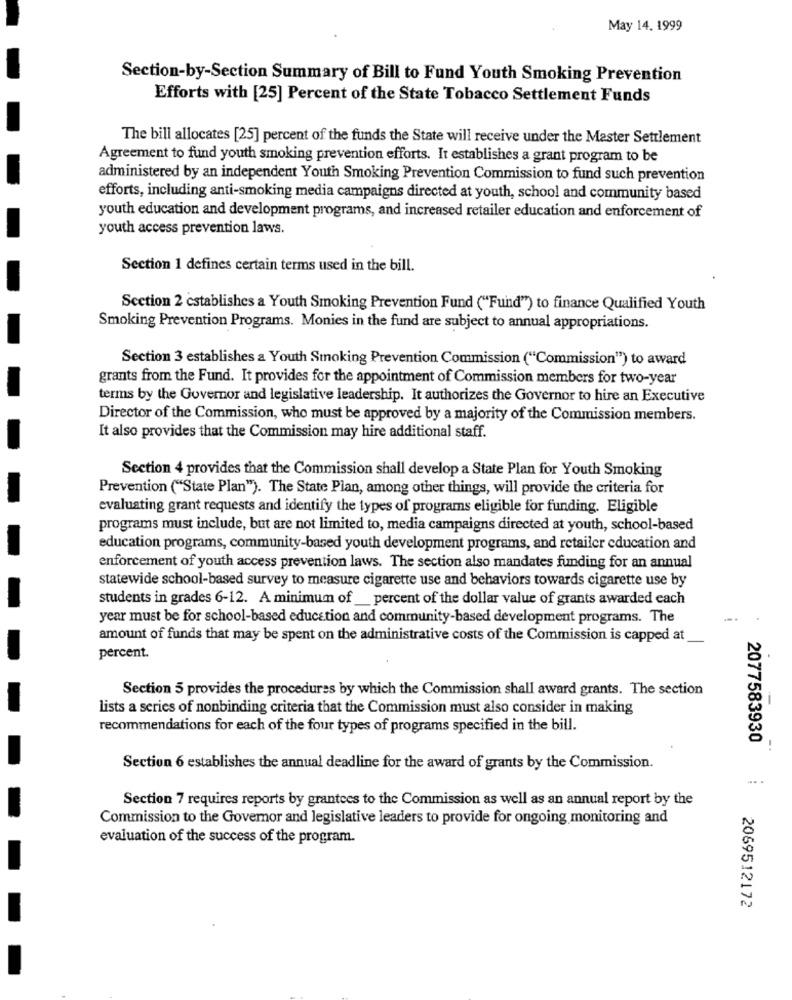
May 14. 1999
Section-by-Section Summary of Bill to Fund Youth Smoking Prevention
Efforts with [25] Percent of the State Tobacco Settlement Funds
The bill allocates [25] percent of the funds the State will receive under the Master Settlement
Agreement to fund youth smoking prevention efforts. It establishes a grant program to be
administered by an independent Youth Smoking Prevention Commission to fund such prevention
efforts, including anti-smoking media campaigns directed at youth, school and community based
youth education and development programs, and increased retailer education and enforcement of
youth access prevention laws.
Section 1 defines certain terms used in the bill.
Scetion 2 establishes a Youth Smoking Prevention Fund ("Fund") to finance Qualified Youth
Smoking Prevention Programs. Monies in the fund are subject to annual appropriations.
Section 3 establishes a Youth Smoking Prevention Commission ("Commission") to award
grants from the Fund. It provides for the appointment of Commission members for two-year
terms by the Governor and legislative leadership. It authorizes the Governor to hire an Executive
Director of the Commission, who must be approved by a majority of the Commission members.
It also provides that the Commission may hire additional staff.
Section 4 provides that the Commission shall develop a State Plan for Youth Smoking
Prevention ("State Plan"). The State Plan, among other things, will provide the criteria for
evaluating grant requests and identify the types of programs eligible for funding. Eligible
programs must include, but are not limited to, media campaigns directed at youth, school-based
education programs, community-based youth development programs, and retailer education and
enforcement of youth access prevention laws. The section also mandates funding for an annual
statewide school-based survey to measure cigarette use and behaviors towards cigarette use by
students in grades 6-12. A minimum of __ percent of the dollar value of grants awarded each
year must be for school-based education and community-based development programs. The
amount of funds that may be spent on the administrative costs of the Commission is capped at
percent.
Section 5 provides the procedures by which the Commission shall award grants. The section
lists a series of nonbinding criteria that the Commission must also consider in making
recommendations for each of the four types of programs specified in the bill.
2077583930
Section 6 establishes the annual deadline for the award of grants by the Commission.
Section 7 requires reports by grantees to the Commission as well as an annual report by the
Commission to the Governor and legislative leaders to provide for ongoing monitoring and
evaluation of the success of the program.
2069512172